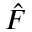
\hat { F }